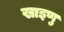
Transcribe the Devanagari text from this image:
खाइणु